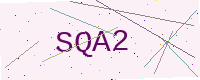
Text: SQA2